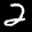
Label: 2